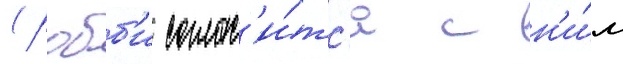
(робб'и соглас'и́тс'я с н'и́м